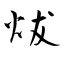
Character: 炦